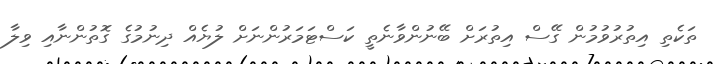
ތަކެތި އިތުރުވުމުން ގޭސް އިތުރަށް ބޭނުންވާނެތީ ކަސްޓަމަރުންނަށް ލުޔެއް ދިނުމުގެ ގޮތުންނާއި ވިލާ